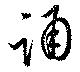
誦